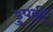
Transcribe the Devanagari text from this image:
डुपकी